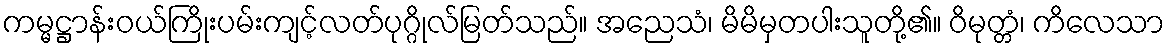
ကမ္မဋ္ဌာန်းဝယ်ကြိုးပမ်းကျင့်လတ်ပုဂ္ဂိုလ်မြတ်သည်။ အညေသံ၊ မိမိမှတပါးသူတို့၏။ ဝိမုတ္တံ၊ ကိလေသာ